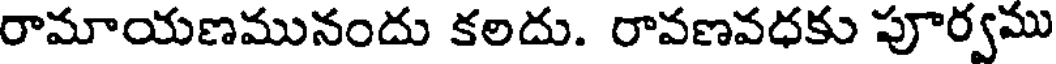
రామాయణమునందు కలదు. రావణవధకు పూర్వము